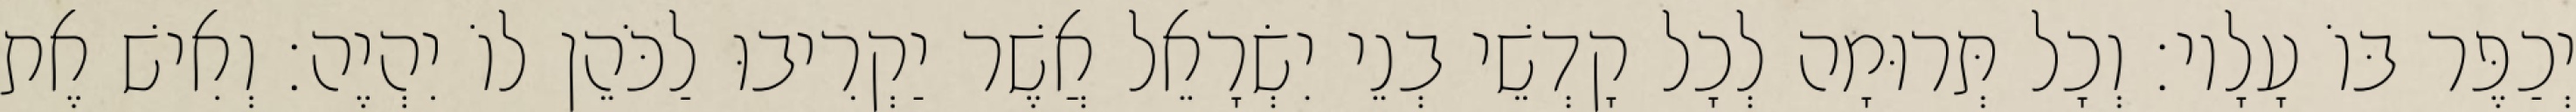
יְכַפֶּר בּוֹ עָלָיו׃ וְכָל תְּרוּמָה לְכָל קָדְשֵׁי בְנֵי יִשְׂרָאֵל אֲשֶׁר יַקְרִיבוּ לַכֹּהֵן לוֹ יִהְיֶה׃ וְאִישׁ אֶת